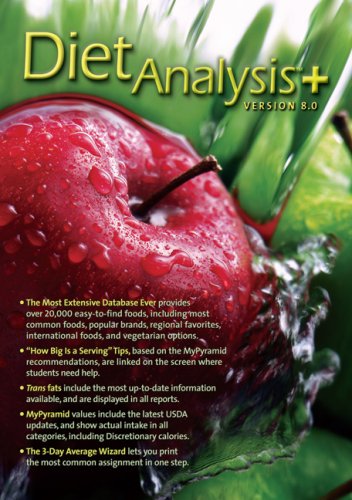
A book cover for Diet Analysis Plus 8.0 Windows/Macintosh CD-ROM (Basic Concepts in Health Series); Thomson Wadsworth; Medical Books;